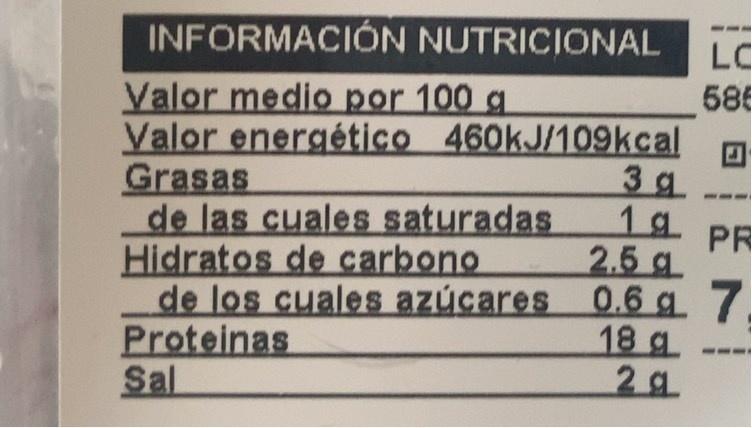
INFORMACIÓN NUTRICIONAL
LC
Valor medio por 100 g
Grasas de las cuales saturadas Hidratos de carbono
586 Valor energético 460kJ/109kcal 3 g 1g.
PR 2.5 g de los cuales azúcares 0.6 g 7. 18 g 2 g
Proteinas Sal